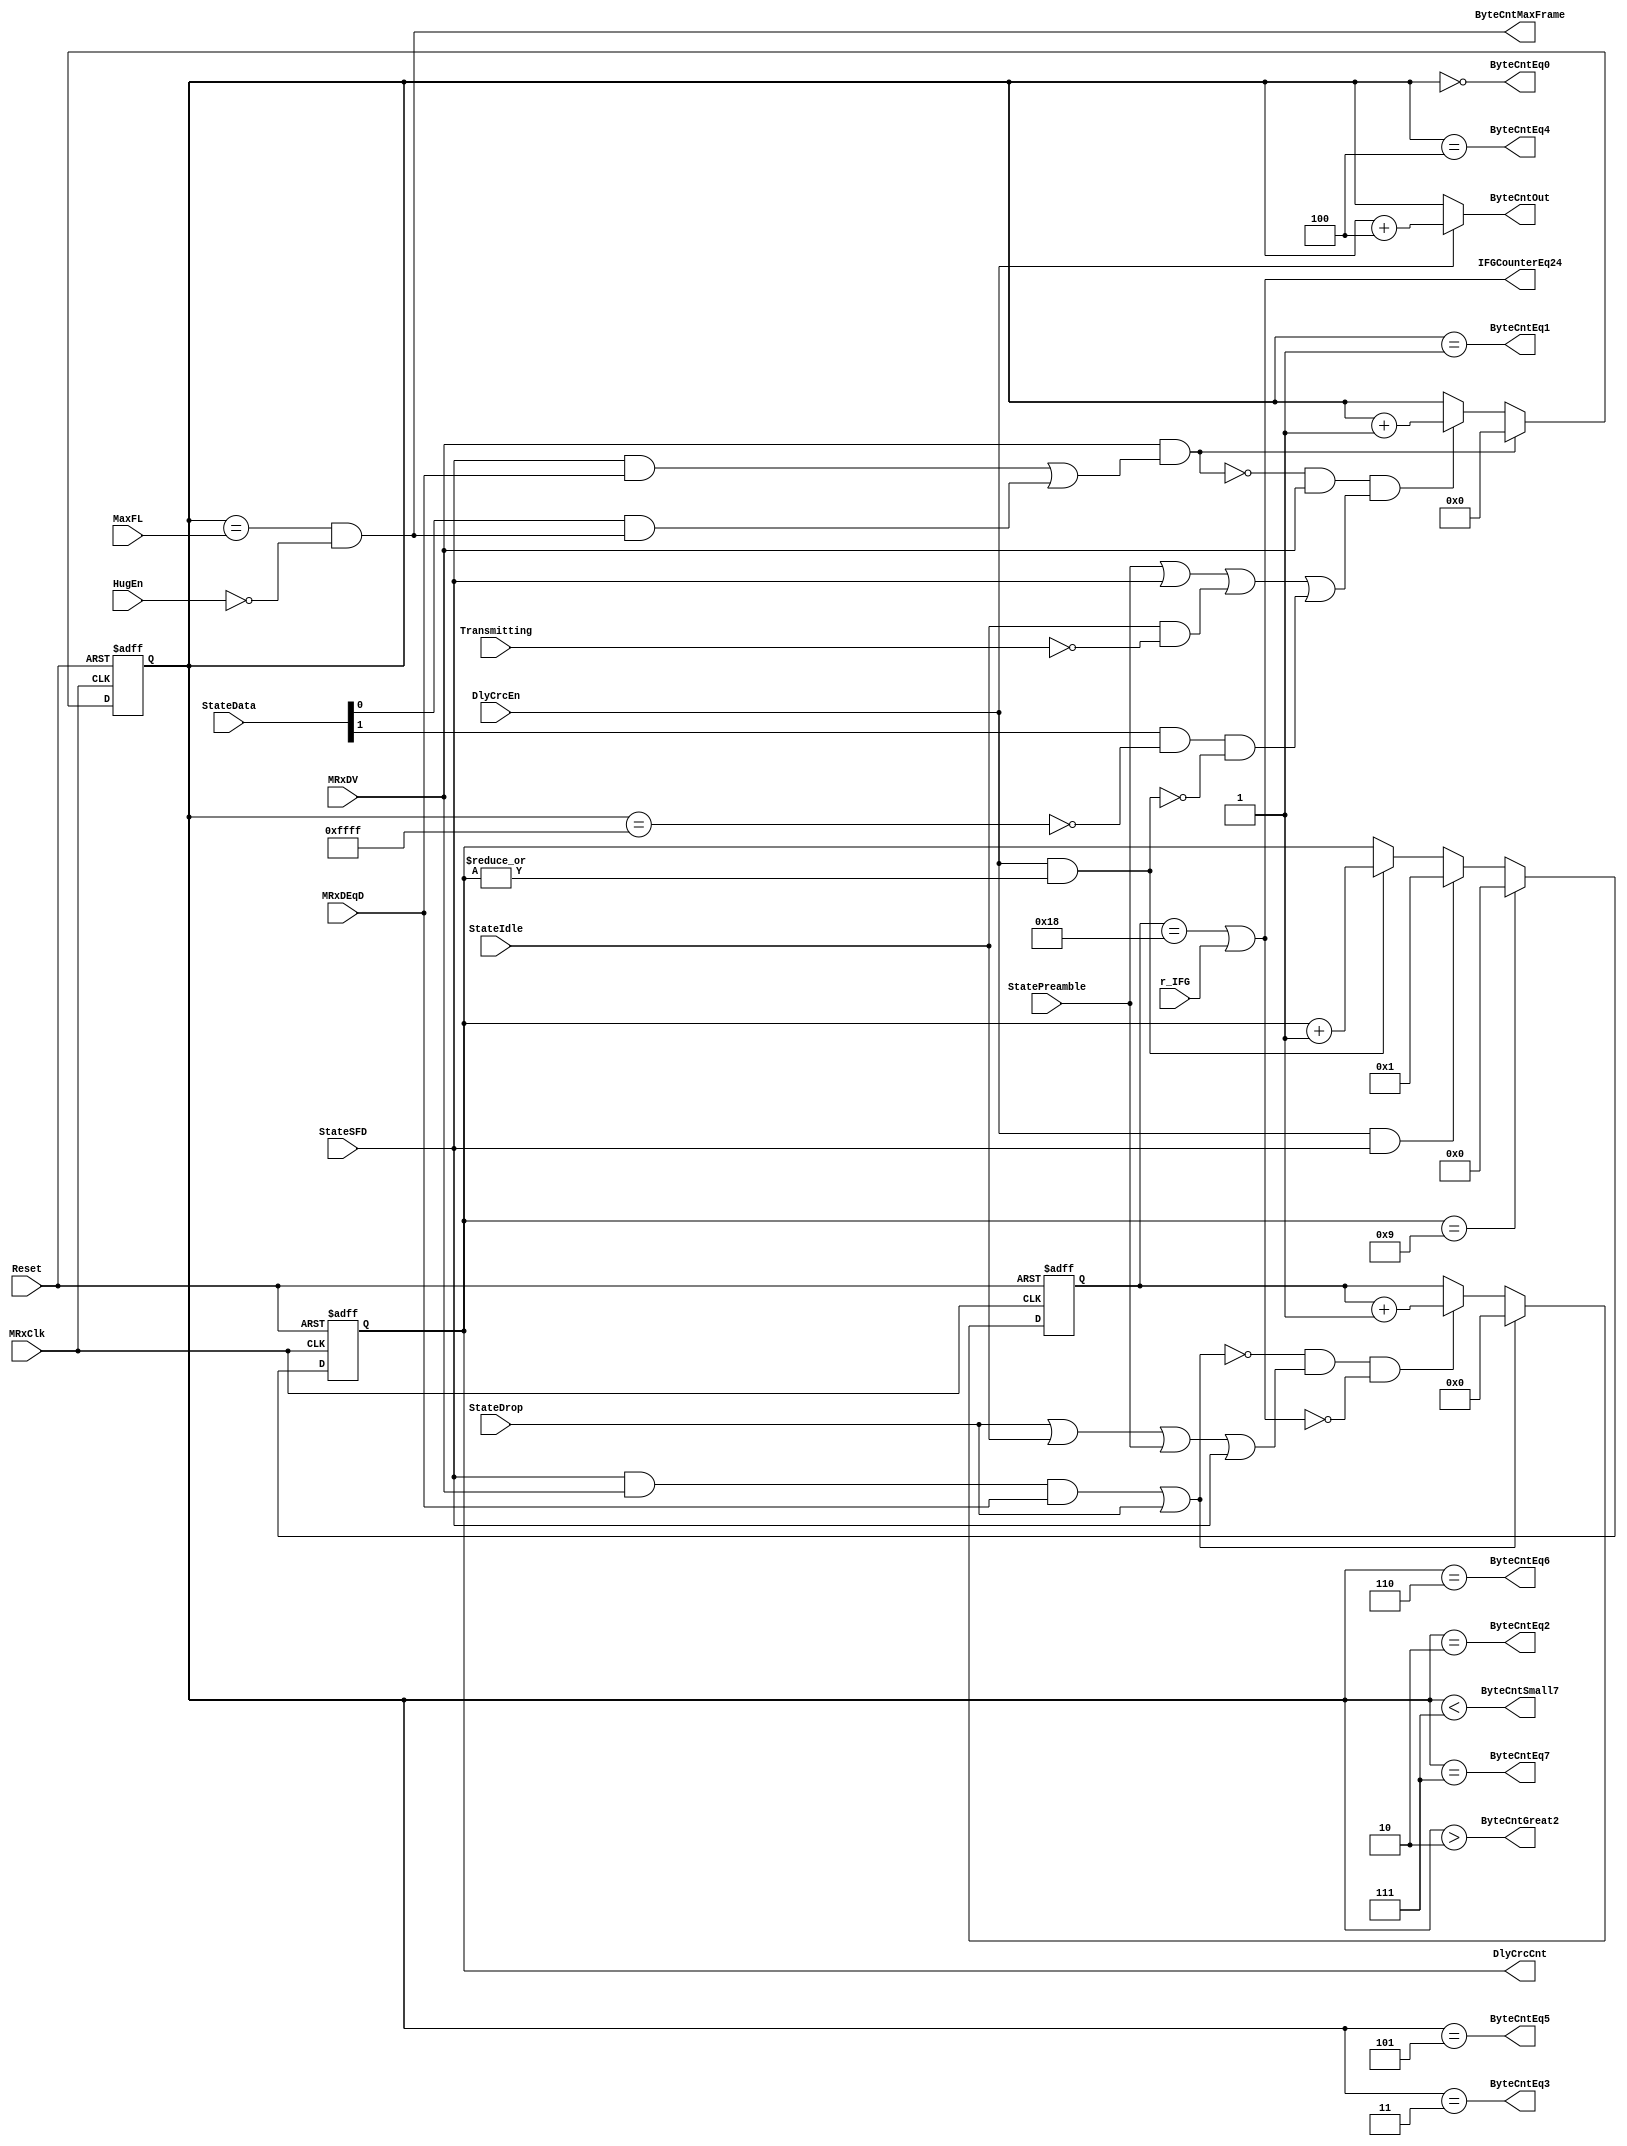
module eth_rxcounters (MRxClk, Reset, MRxDV, StateIdle, StateSFD, StateData, StateDrop, StatePreamble, 
                       MRxDEqD, DlyCrcEn, DlyCrcCnt, Transmitting, MaxFL, r_IFG, HugEn, IFGCounterEq24, 
                       ByteCntEq0, ByteCntEq1, ByteCntEq2,ByteCntEq3,ByteCntEq4,ByteCntEq5, ByteCntEq6,
                       ByteCntEq7, ByteCntGreat2, ByteCntSmall7, ByteCntMaxFrame, ByteCntOut
                      );

parameter Tp = 1;

input         MRxClk;
input         Reset;
input         MRxDV;
input         StateSFD;
input [1:0]   StateData;
input         MRxDEqD;
input         StateIdle;
input         StateDrop;
input         DlyCrcEn;
input         StatePreamble;
input         Transmitting;
input         HugEn;
input [15:0]  MaxFL;
input         r_IFG;

output        IFGCounterEq24;           // IFG counter reaches 9600 ns (960 ns)
output [3:0]  DlyCrcCnt;                // Delayed CRC counter
output        ByteCntEq0;               // Byte counter = 0
output        ByteCntEq1;               // Byte counter = 1
output        ByteCntEq2;               // Byte counter = 2  
output        ByteCntEq3;               // Byte counter = 3  
output        ByteCntEq4;               // Byte counter = 4  
output        ByteCntEq5;               // Byte counter = 5  
output        ByteCntEq6;               // Byte counter = 6
output        ByteCntEq7;               // Byte counter = 7
output        ByteCntGreat2;            // Byte counter > 2
output        ByteCntSmall7;            // Byte counter < 7
output        ByteCntMaxFrame;          // Byte counter = MaxFL
output [15:0] ByteCntOut;               // Byte counter

wire          ResetByteCounter;
wire          IncrementByteCounter;
wire          ResetIFGCounter;
wire          IncrementIFGCounter;
wire          ByteCntMax;

reg   [15:0]  ByteCnt;
reg   [3:0]   DlyCrcCnt;
reg   [4:0]   IFGCounter;

wire  [15:0]  ByteCntDelayed;



assign ResetByteCounter = MRxDV & (StateSFD & MRxDEqD | StateData[0] & ByteCntMaxFrame);

assign IncrementByteCounter = ~ResetByteCounter & MRxDV & 
                              (StatePreamble | StateSFD | StateIdle & ~Transmitting |
                               StateData[1] & ~ByteCntMax & ~(DlyCrcEn & |DlyCrcCnt)
                              );


always @ (posedge MRxClk or posedge Reset)
begin
  if(Reset)
    ByteCnt[15:0] <= #Tp 16'h0;
  else
    begin
      if(ResetByteCounter)
        ByteCnt[15:0] <= #Tp 16'h0;
      else
      if(IncrementByteCounter)
        ByteCnt[15:0] <= #Tp ByteCnt[15:0] + 1'b1;
     end
end

assign ByteCntDelayed = ByteCnt + 3'h4;
assign ByteCntOut = DlyCrcEn? ByteCntDelayed : ByteCnt;

assign ByteCntEq0       = ByteCnt == 16'h0;
assign ByteCntEq1       = ByteCnt == 16'h1;
assign ByteCntEq2       = ByteCnt == 16'h2; 
assign ByteCntEq3       = ByteCnt == 16'h3; 
assign ByteCntEq4       = ByteCnt == 16'h4; 
assign ByteCntEq5       = ByteCnt == 16'h5; 
assign ByteCntEq6       = ByteCnt == 16'h6;
assign ByteCntEq7       = ByteCnt == 16'h7;
assign ByteCntGreat2    = ByteCnt >  16'h2;
assign ByteCntSmall7    = ByteCnt <  16'h7;
assign ByteCntMax       = ByteCnt == 16'hffff;
assign ByteCntMaxFrame  = ByteCnt == MaxFL[15:0] & ~HugEn;


assign ResetIFGCounter = StateSFD  &  MRxDV & MRxDEqD | StateDrop;

assign IncrementIFGCounter = ~ResetIFGCounter & (StateDrop | StateIdle | StatePreamble | StateSFD) & ~IFGCounterEq24;

always @ (posedge MRxClk or posedge Reset)
begin
  if(Reset)
    IFGCounter[4:0] <= #Tp 5'h0;
  else
    begin
      if(ResetIFGCounter)
        IFGCounter[4:0] <= #Tp 5'h0;
      else
      if(IncrementIFGCounter)
        IFGCounter[4:0] <= #Tp IFGCounter[4:0] + 1'b1; 
    end
end



assign IFGCounterEq24 = (IFGCounter[4:0] == 5'h18) | r_IFG; // 24*400 = 9600 ns or r_IFG is set to 1


always @ (posedge MRxClk or posedge Reset)
begin
  if(Reset)
    DlyCrcCnt[3:0] <= #Tp 4'h0;
  else
    begin
      if(DlyCrcCnt[3:0] == 4'h9)
        DlyCrcCnt[3:0] <= #Tp 4'h0;
      else
      if(DlyCrcEn & StateSFD)
        DlyCrcCnt[3:0] <= #Tp 4'h1;
      else
      if(DlyCrcEn & (|DlyCrcCnt[3:0]))
        DlyCrcCnt[3:0] <= #Tp DlyCrcCnt[3:0] + 1'b1;
    end
end


endmodule